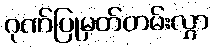
ဂုဏ်ပြုမှတ်တမ်းလွှာ